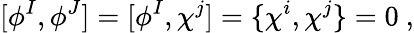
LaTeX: [\phi^{I},\phi^{J}]=[\phi^{I},\chi^{j}]=\{ \chi^{i},\chi^{j}\} =0\ ,